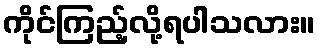
ကိုင်ကြည့်လို့ရပါသလား။